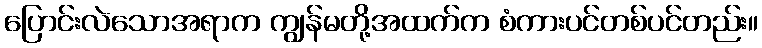
ပြောင်းလဲသောအရာက ကျွန်မတို့အထက်က စံကားပင်တစ်ပင်တည်း။